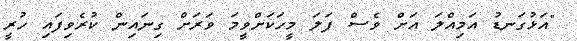
"އަޅުގަނޑު އަމިއްލަ އަށް ވެސް ފަލަ މީހަކަށްވީމަ ވަރަށް ގިނައިން ކުރެވިފައި ހުރީ